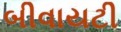
બીવાયટી